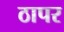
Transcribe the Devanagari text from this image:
ठापर